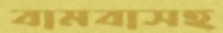
বামবাসহ